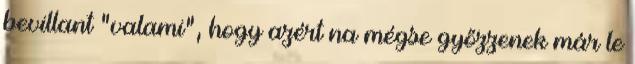
bevillant "valami", hogy azért na mégse győzzenek már le